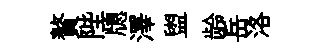
贅陛牕澤盥龄岳洛